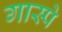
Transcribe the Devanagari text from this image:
गास्पे